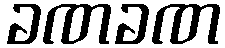
ခဏခဏ